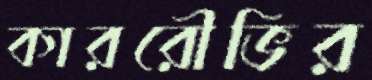
কাররৌভির